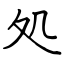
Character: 処